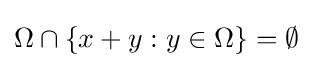
\Omega \cap \{x+y:y\in \Omega \}=\emptyset